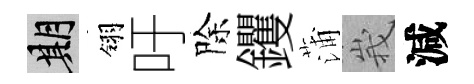
期翎吁除钁蒲峩減